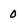
Character: 0